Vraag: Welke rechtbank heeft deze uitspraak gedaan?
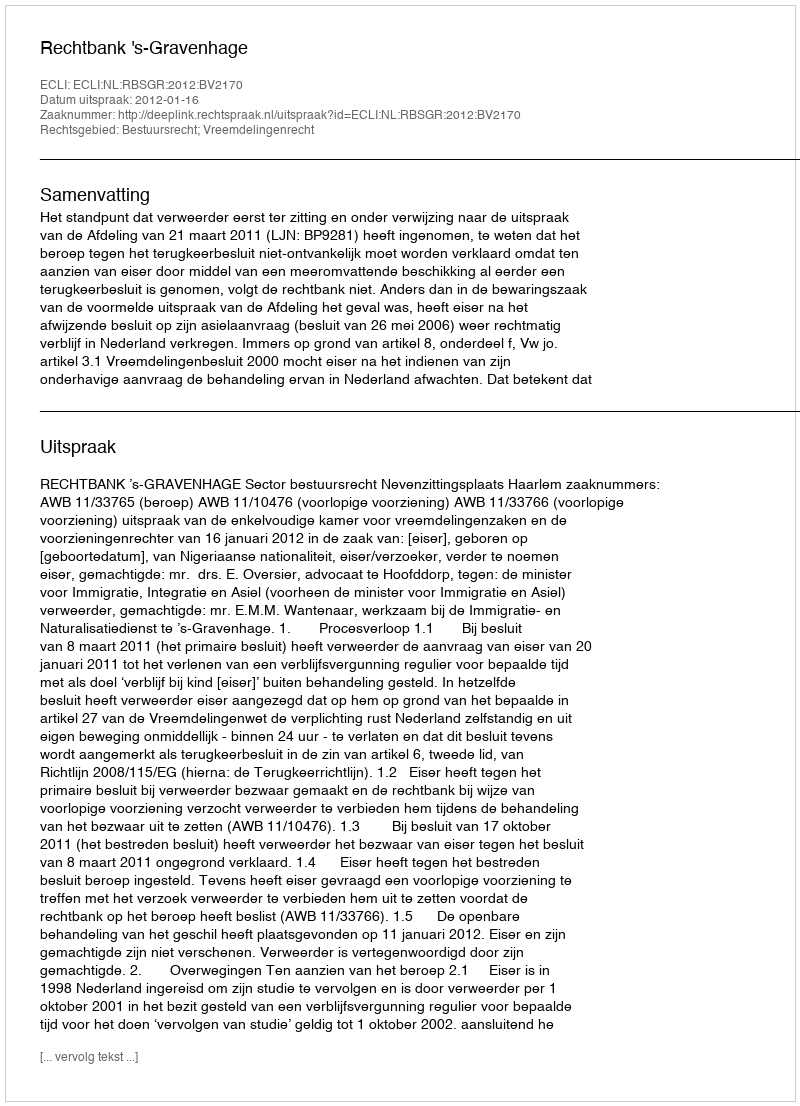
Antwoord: Rechtbank 's-Gravenhage